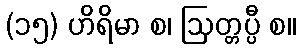
(၁၅) ဟိရိမာ စ၊ ဩတ္တပ္ပီ စ။